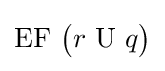
{\mbox{EF }}{\big (}r{\mbox{ U }}q{\big )}